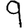
Digit: 9